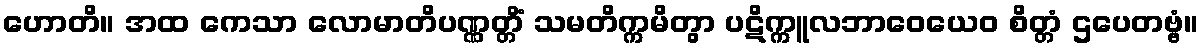
ဟောတိ။ အထ ကေသာ လောမာတိပဏ္ဏတ္တိံ သမတိက္ကမိတွာ ပဋိက္ကူလဘာဝေယေဝ စိတ္တံ ဌပေတဗ္ဗံ။